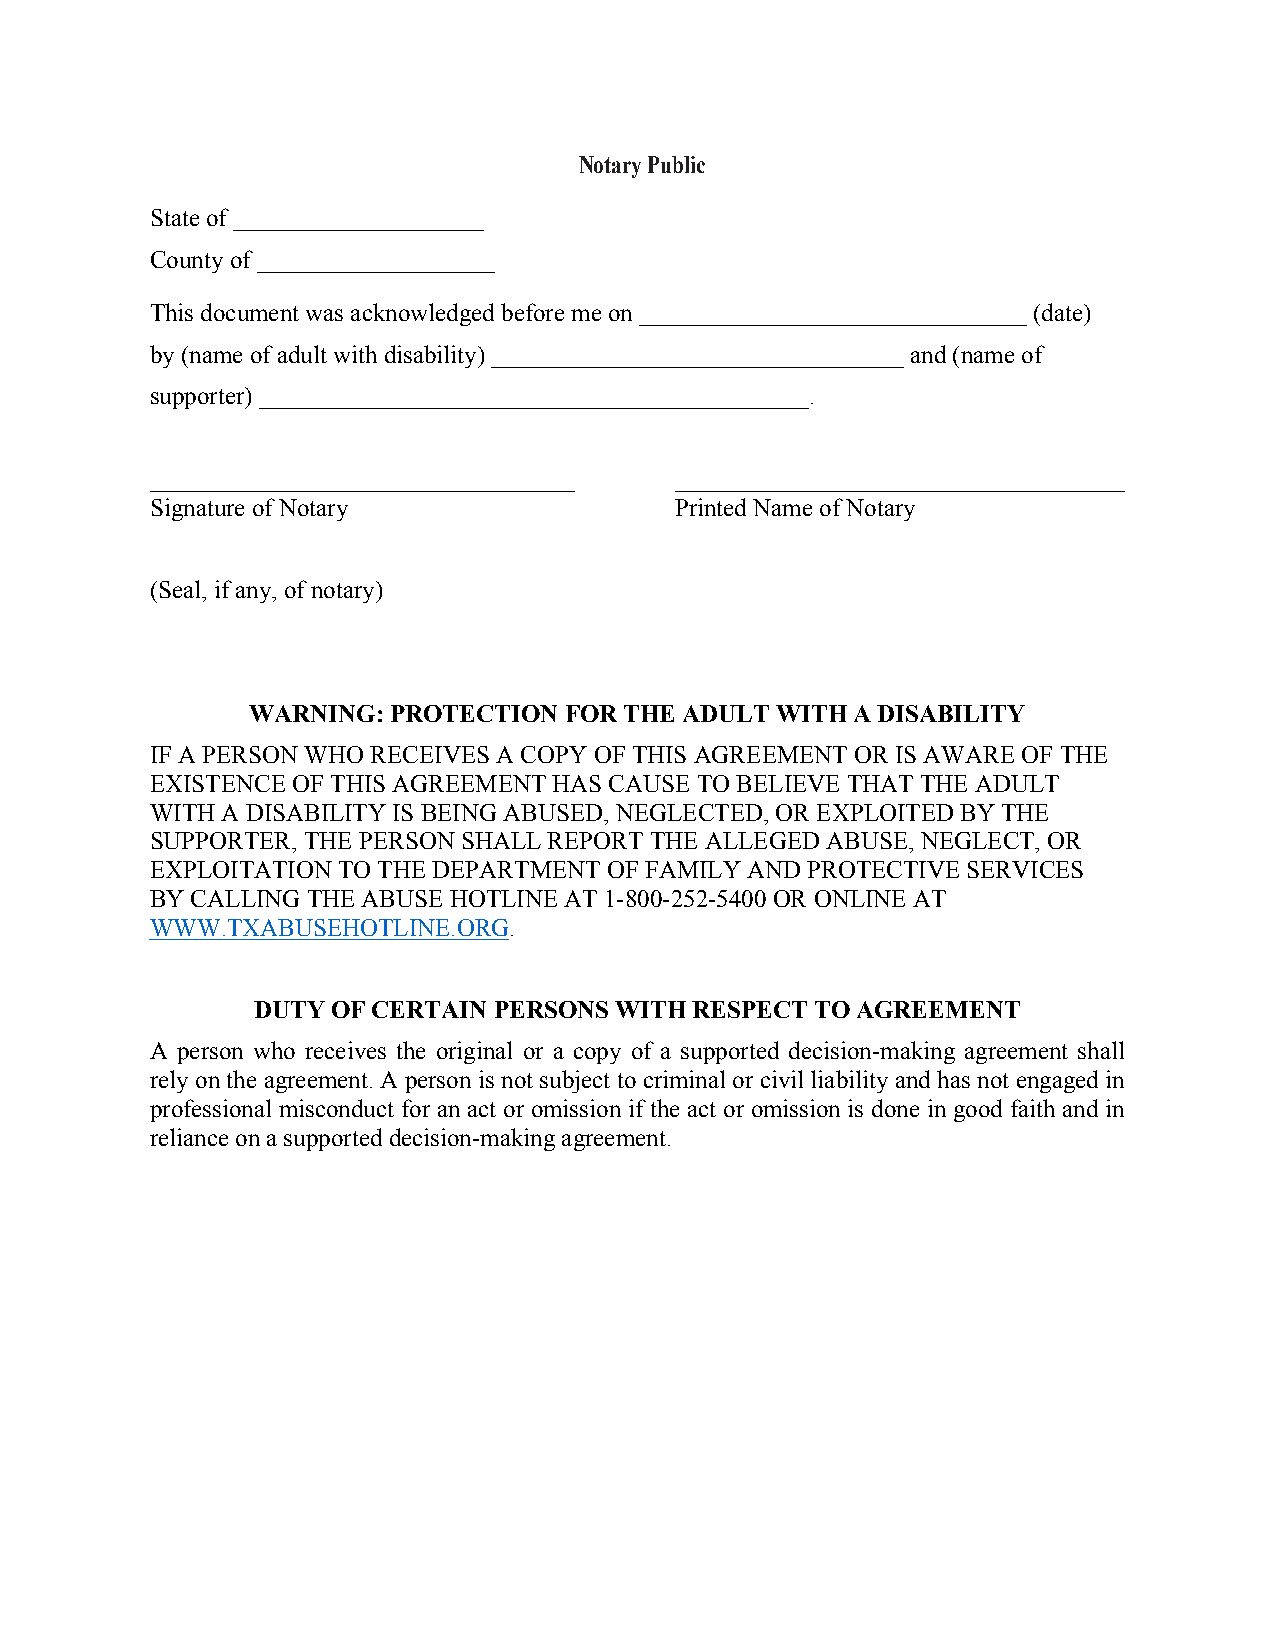
Notary Public
 State of ____________________
 County of ___________________
 This document was acknowledged before me on _______________________________ (date)
 by (name of adult with disability) _________________________________ and (name of
 supporter) ____________________________________________.
 __________________________________ ____________________________________
 Signature of Notary                Printed Name of Notary
 (Seal, if any, of notary)
 WARNING: PROTECTION FOR THE ADULT WITH  A DISABILITY
 IF A PERSON WHO RECEIVES A COPY OF THIS AGREEMENT OR IS AWARE OF THE
 EXISTENCE OF THIS AGREEMENT HAS CAUSE TO BELIEVE THAT THE ADULT
 WITH A DISABILITY IS BEING ABUSED, NEGLECTED, OR EXPLOITED BY THE
 SUPPORTER, THE PERSON SHALL REPORT THE ALLEGED ABUSE, NEGLECT, OR
 EXPLOITATION TO THE DEPARTMENT OF FAMILY AND PROTECTIVE SERVICES
 BY CALLING THE ABUSE HOTLINE AT 1-800-252-5400 OR ONLINE AT
 WWW.TXABUSEHOTLINE.ORG.
 DUTY OF CERTAIN PERSONS WITH RESPECT TO AGREEMENT
 A person who receives the original or a copy of a supported decision-making agreement shall
 rely on the agreement. A person is not subject to criminal or civil liability and has not engaged in
 professional misconduct for an act or omission if the act or omission is done in good faith and in
 reliance on a supported decision-making agreement.